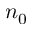
n _ { 0 }